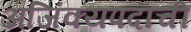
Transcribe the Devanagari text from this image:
अजिंक्यपदाची